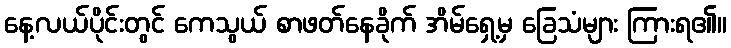
နေ့လယ်ပိုင်းတွင် ကေသွယ် စာဖတ်နေခိုက် အိမ်ရှေ့မှ ခြေသံများ ကြားရ၏။